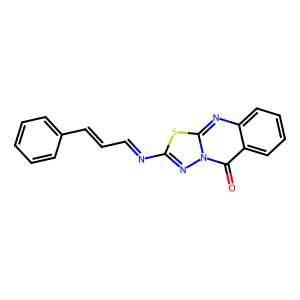
SMILES: O=c1c2ccccc2nc2sc(N=CC=Cc3ccccc3)nn12
Inhibits HIV replication: No